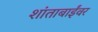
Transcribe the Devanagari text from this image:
शांताबाईंवर